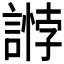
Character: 𧪶